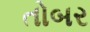
તોબર